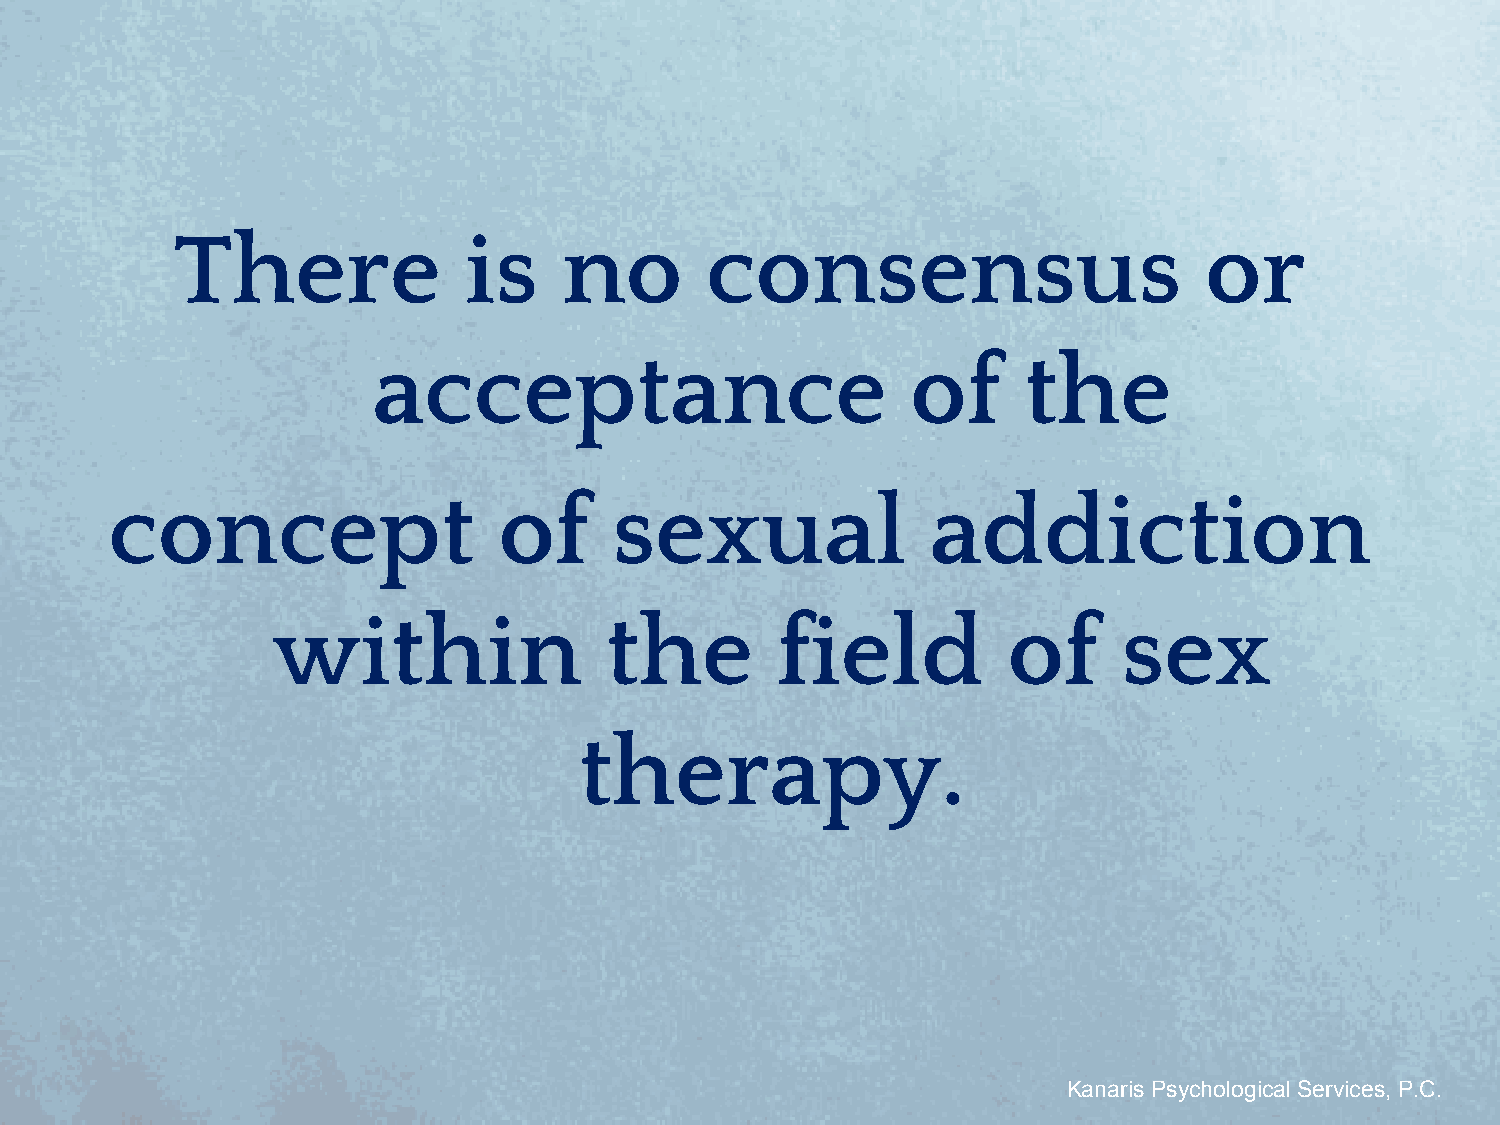
There              is    no        consensus                        or
 acceptance                         of      the
 concept                   of      sexual               addiction
 within                the        field           of     sex
 therapy.
 Kanaris Psychological Services, P.C.